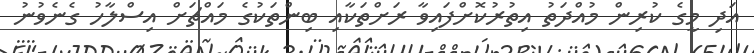
އަދި މީގެ ކުރިން މުއްދަތު އިތުރުކޮށްފައިވާ ރަށްތަކާއި ބިންތަކުގެ މައްޗަށް އިސްލާހު ގެނެވުނު